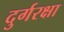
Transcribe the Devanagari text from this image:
दुर्गरक्षा